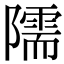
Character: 隭